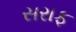
સરાફ